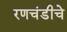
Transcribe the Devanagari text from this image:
रणचंडीचे